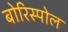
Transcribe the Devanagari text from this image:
बोरिस्पोल